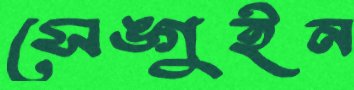
সেঙ্গুইন